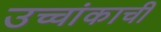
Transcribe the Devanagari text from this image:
उच्चांकाची